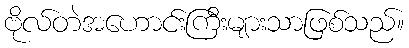
ဗိုလ်တဲအဟောင်းကြီးများသာဖြစ်သည်။